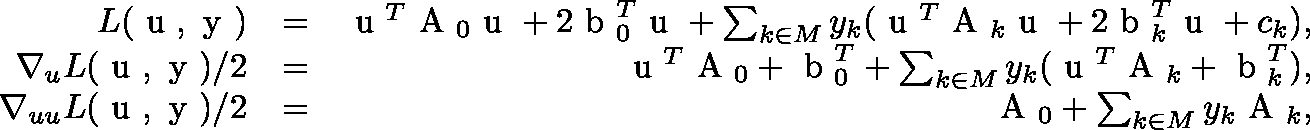
\begin{array} { r l r } { L ( \mathrm { \boldmath ~ u ~ } , \mathrm { \boldmath ~ y ~ } ) } & { = } & { \mathrm { \boldmath ~ u ~ } ^ { T } \mathrm { \boldmath ~ A ~ } _ { 0 } \mathrm { \boldmath ~ u ~ } + 2 \mathrm { \boldmath ~ b ~ } _ { 0 } ^ { T } \mathrm { \boldmath ~ u ~ } + \sum _ { k \in M } y _ { k } ( \mathrm { \boldmath ~ u ~ } ^ { T } \mathrm { \boldmath ~ A ~ } _ { k } \mathrm { \boldmath ~ u ~ } + 2 \mathrm { \boldmath ~ b ~ } _ { k } ^ { T } \mathrm { \boldmath ~ u ~ } + c _ { k } ) , } \\ { \nabla _ { u } L ( \mathrm { \boldmath ~ u ~ } , \mathrm { \boldmath ~ y ~ } ) / 2 } & { = } & { \mathrm { \boldmath ~ u ~ } ^ { T } \mathrm { \boldmath ~ A ~ } _ { 0 } + \mathrm { \boldmath ~ b ~ } _ { 0 } ^ { T } + \sum _ { k \in M } y _ { k } ( \mathrm { \boldmath ~ u ~ } ^ { T } \mathrm { \boldmath ~ A ~ } _ { k } + \mathrm { \boldmath ~ b ~ } _ { k } ^ { T } ) , } \\ { \nabla _ { u u } L ( \mathrm { \boldmath ~ u ~ } , \mathrm { \boldmath ~ y ~ } ) / 2 } & { = } & { \mathrm { \boldmath ~ A ~ } _ { 0 } + \sum _ { k \in M } y _ { k } \mathrm { \boldmath ~ A ~ } _ { k } , } \end{array}